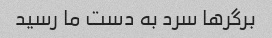
برگرها سرد به دست ما رسید